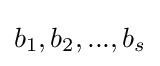
b_{1},b_{2},...,b_{s}